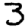
Digit: 3